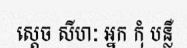
ស្តេច សីហៈ អ្នក កុំ បន្លឺ